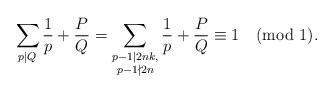
LaTeX: \begin{align*} \sum_{p\mid Q}\frac{1}{p}+\frac{P}{Q}=\sum_{\substack{p-1 \mid 2nk,\\p-1 \nmid 2n}}\frac{1}{p}+\frac{P}{Q} \equiv 1 \pmod{1}.\end{align*}